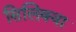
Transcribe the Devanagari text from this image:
सिलिक्वा